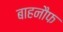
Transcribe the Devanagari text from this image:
बाहनौफ